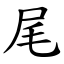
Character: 尾